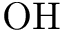
\mathrm { O H }